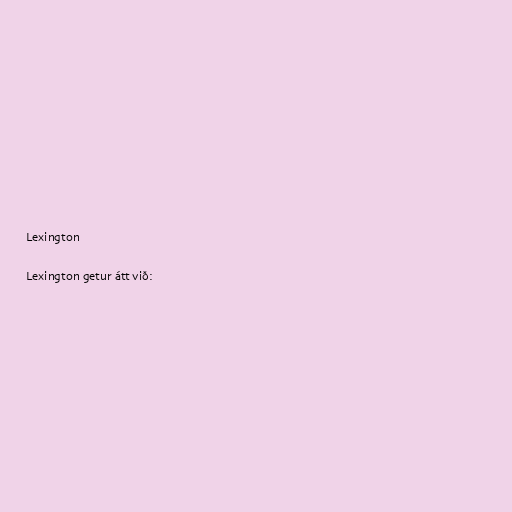
Lexington

Lexington getur átt við: